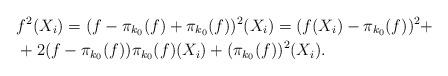
LaTeX: \begin{align*}&f^2(X_i)=(f-\pi_{k_0}(f)+\pi_{k_0}(f))^2(X_i)=(f(X_i)-\pi_{k_0}(f))^2+\\&+2(f-\pi_{k_0}(f))\pi_{k_0}(f)(X_i)+(\pi_{k_0}(f))^2(X_i).\end{align*}